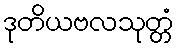
ဒုတိယဗလသုတ္တံ